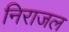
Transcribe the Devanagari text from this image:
निराजल